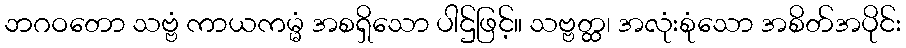
ဘဂဝတော သဗ္ဗံ ကာယကမ္မံ အစရှိသော ပါဌ်ဖြင့်။ သဗ္ဗတ္ထ၊ အလုံးစုံသော အစိတ်အပိုင်း